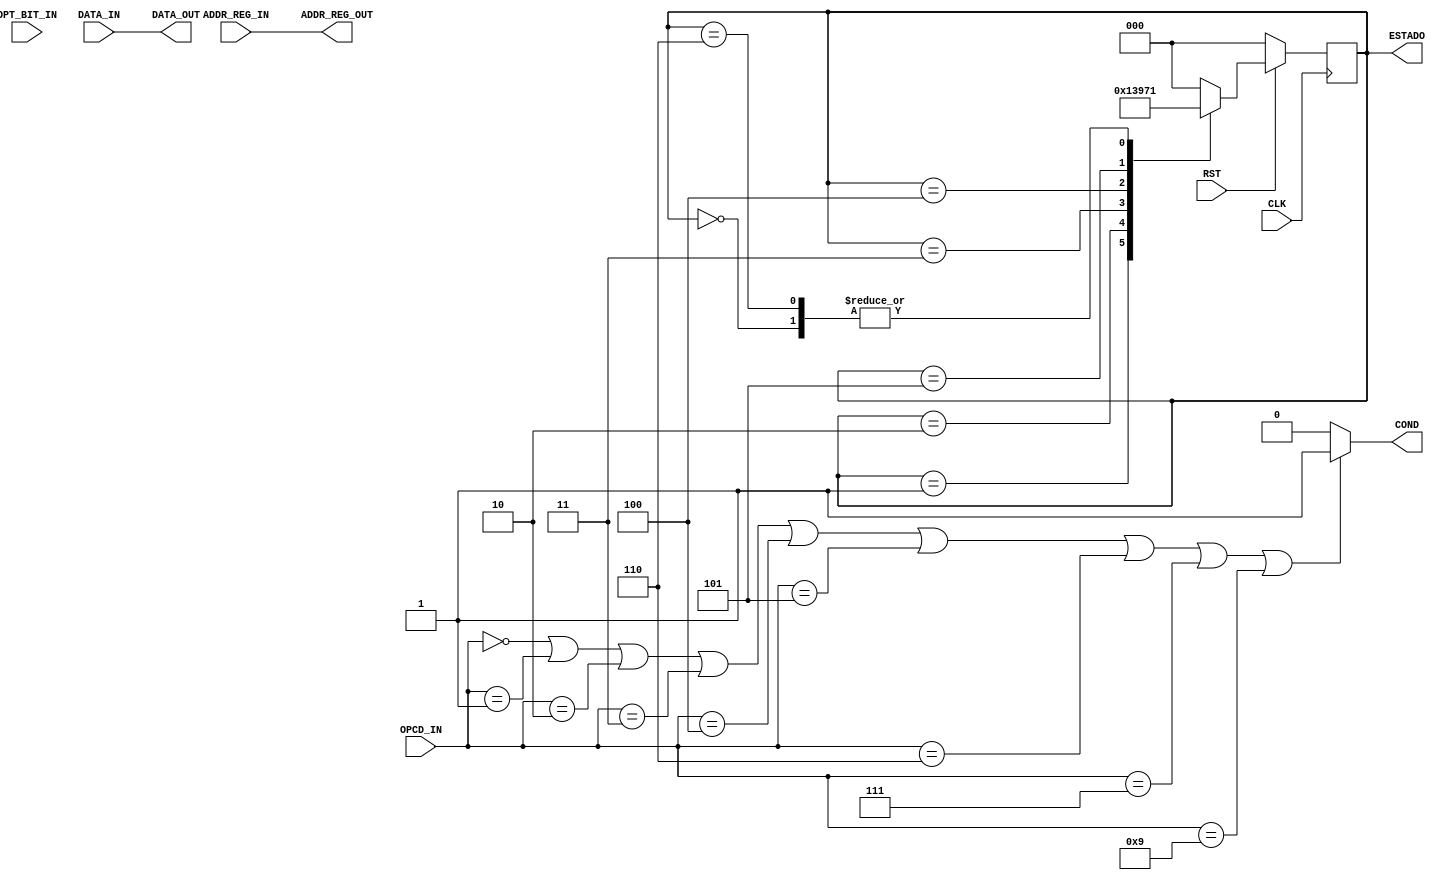
module WriteBack(DATA_OUT, ADDR_REG_OUT, COND, DATA_IN, OPCD_IN, ADDR_REG_IN, OPT_BIT_IN, RST, CLK, ESTADO);

    output [15:0] DATA_OUT;
    output [4:0] ADDR_REG_OUT;
    output reg COND;

    output [2:0] ESTADO;

    input [15:0] DATA_IN;
    input [4:0] OPCD_IN, ADDR_REG_IN;
    input OPT_BIT_IN, RST, CLK;

    reg [2:0] STATE, NEXT_STATE;
    parameter   IDLE = 0,
                WRITE_BACK = 1,
                VAZIO_0 = 2,
                VAZIO_1 = 3,
                VAZIO_2 = 4,
                VAZIO_3 = 5,
                VAZIO_4 = 6;

    parameter   LW      = 5'b00000,
                SW      = 5'b00001,
                //
                ADD     = 5'b00010,
                SUB     = 5'b00011,
                MUL     = 5'b00100,
                DIV     = 5'b00101,
                //
                AND     = 5'b00110,
                OR      = 5'b00111,
                CMP     = 5'b01000,
                NOT     = 5'b01001,
                //
                JR      = 5'b01010,
                JPC     = 5'b01011,
                BRLF    = 5'b01100,
                CALL    = 5'b01101,
                RET     = 5'b01110,
                NOP     = 5'b01111;
    
    // debug
    assign ESTADO = STATE;
    
    assign DATA_OUT = DATA_IN;
    assign ADDR_REG_OUT = ADDR_REG_IN;
    
    // DPE
    always @ (*) begin
        NEXT_STATE = STATE;
        case(STATE)
            IDLE: NEXT_STATE = WRITE_BACK;
            WRITE_BACK: NEXT_STATE = VAZIO_0;
            VAZIO_0: NEXT_STATE = VAZIO_1;
            VAZIO_1: NEXT_STATE = VAZIO_2;
            VAZIO_2: NEXT_STATE = VAZIO_3;
            VAZIO_3: NEXT_STATE = VAZIO_4;
            VAZIO_4: NEXT_STATE = WRITE_BACK;
            default: NEXT_STATE = IDLE;
        endcase
    end

    // MEM
    always @ (posedge CLK) begin
        if(!RST) begin
            STATE <= IDLE;
        end
        else begin
            STATE <= NEXT_STATE;
        end
    end

    // DS
    always @ (*) begin
        if(OPCD_IN == LW ||
            OPCD_IN == SW ||
            OPCD_IN == ADD ||
            OPCD_IN == SUB ||
            OPCD_IN == MUL ||
            OPCD_IN == DIV ||
            OPCD_IN == AND ||
            OPCD_IN == OR ||
            OPCD_IN == NOT)
            COND = 1;
        else
            COND = 0;
    end

endmodule